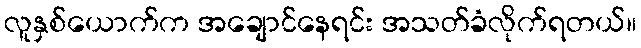
လူနှစ်ယောက်က အချောင်နေရင်း အသတ်ခံလိုက်ရတယ်။